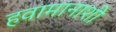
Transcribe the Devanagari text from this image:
हवामानाशी